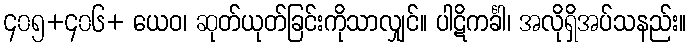
၄၀၅+၄၀၆+ ယေဝ၊ ဆုတ်ယုတ်ခြင်းကိုသာလျှင်။ ပါဋိကင်္ခါ၊ အလိုရှိအပ်သနည်း။